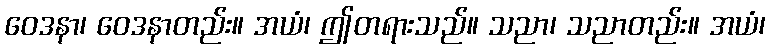
ဝေဒနာ၊ ဝေဒနာတည်း။ အယံ၊ ဤတရားသည်။ သညာ၊ သညာတည်း။ အယံ၊